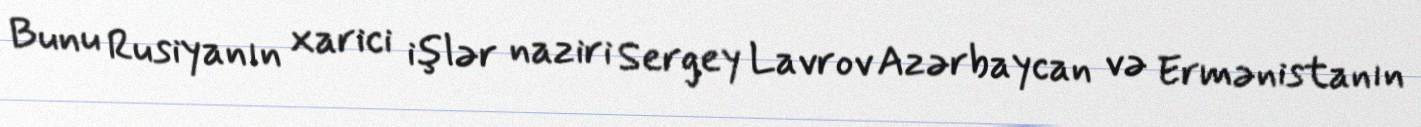
Bunu Rusiyanın xarici işlər naziri Sergey Lavrov Azərbaycan və Ermənistanın